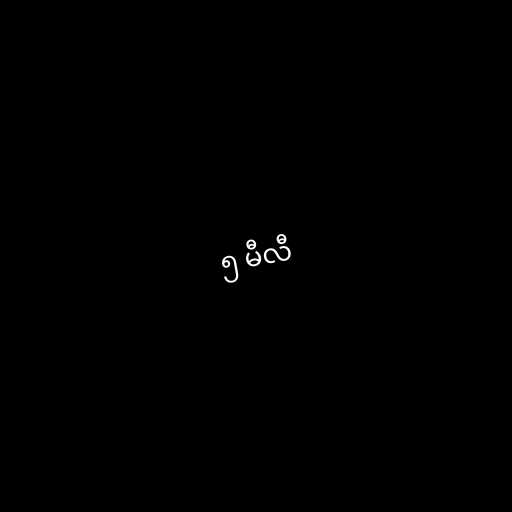
၅ မီလီ